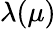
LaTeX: \lambda(\mu)